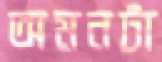
অমনটা